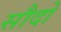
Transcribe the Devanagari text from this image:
सौदो